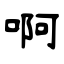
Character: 啊